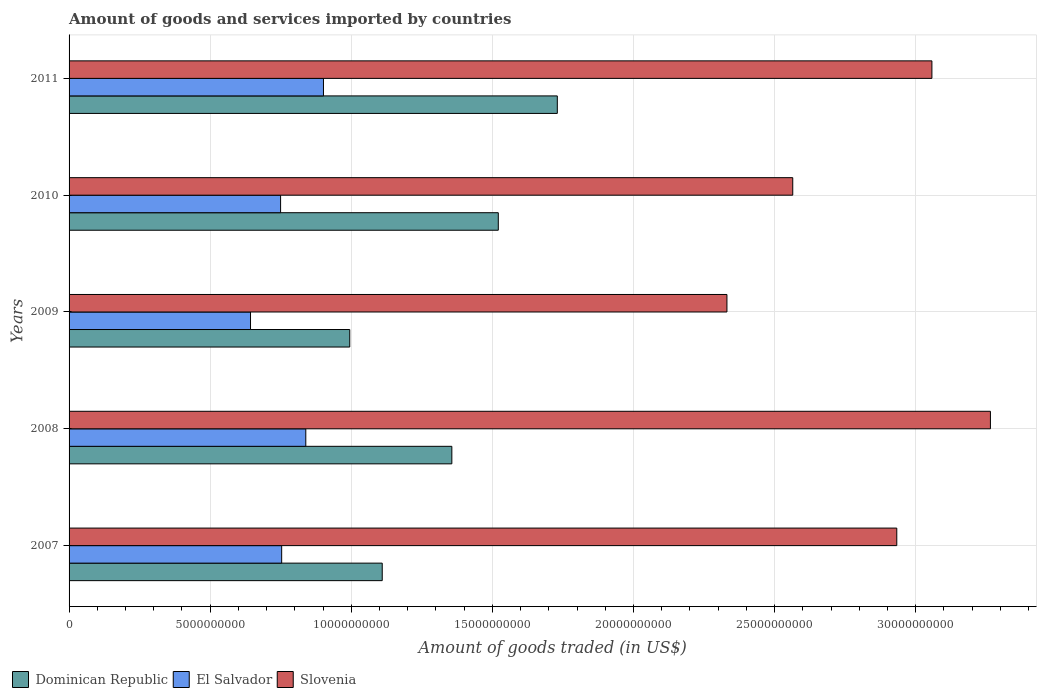
| Years | Dominican Republic | El Salvador | Slovenia |
 | --- | --- | --- | --- |
 | 2007 | 1.11e+10 | 7.53e+09 | 2.93e+10 |
 | 2008 | 1.36e+10 | 8.39e+09 | 3.26e+10 |
 | 2009 | 9.95e+09 | 6.43e+09 | 2.33e+10 |
 | 2010 | 1.52e+10 | 7.5e+09 | 2.56e+10 |
 | 2011 | 1.73e+10 | 9.01e+09 | 3.06e+10 |